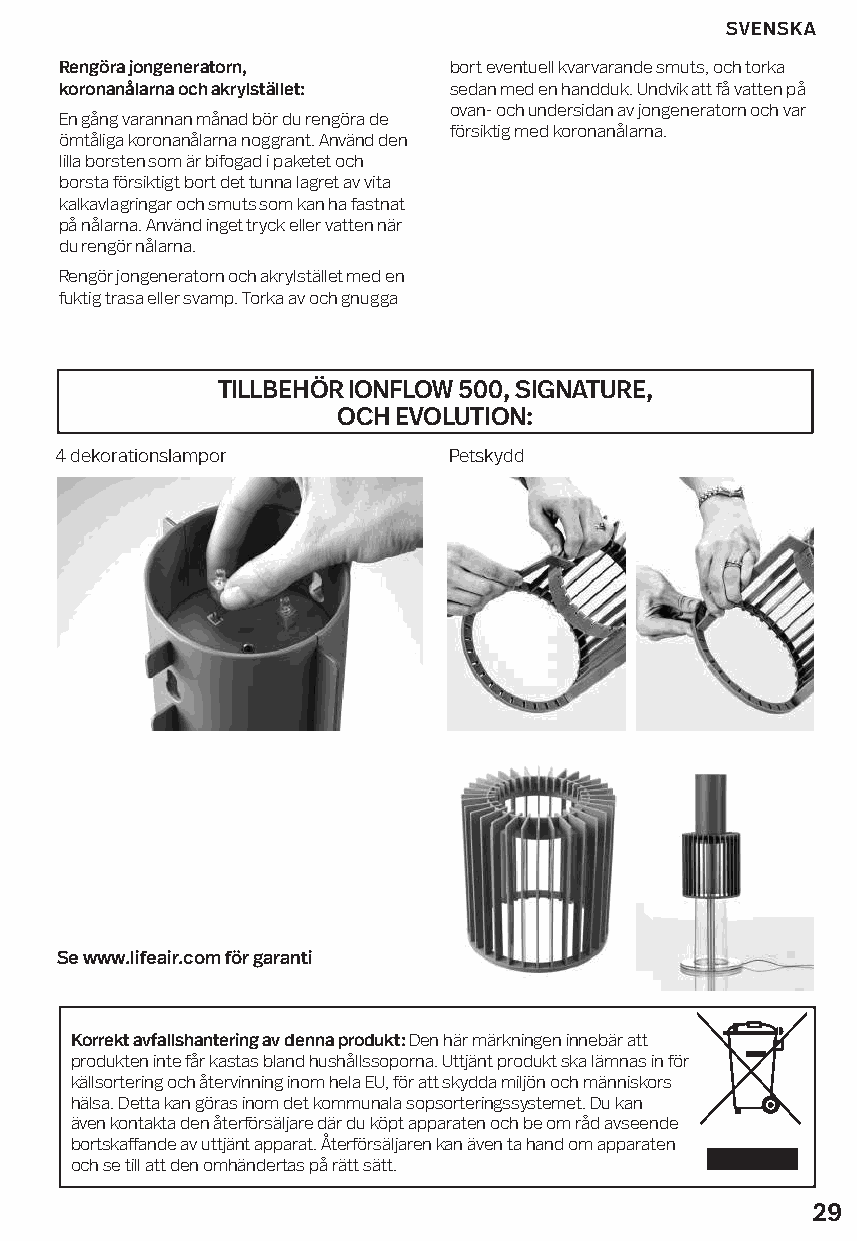
SVENSKA
 Rengöra jongeneratorn,    bort eventuell kvarvarande smuts, och torka
 koronanålarna och akrylstället: sedan med en handduk. Undvik att få vatten på
 ovan- och undersidan av jongeneratorn och var
 En gång varannan månad bör du rengöra de
 försiktig med koronanålarna.
 ömtåliga koronanålarna noggrant. Använd den
 lilla borsten som är bifogad i paketet och
 borsta försiktigt bort det tunna lagret av vita
 kalkavlagringar och smuts som kan ha fastnat
 på nålarna. Använd inget tryck eller vatten när
 du rengör nålarna.
 Rengör jongeneratorn och akrylstället med en
 fuktig trasa eller svamp. Torka av och gnugga
 TILLBEHÖR IONFLOW 500, SIGNATURE,
 OCH EVOLUTION:
 4 dekorationslampor       Petskydd
 Se www.lifeair.com för garanti
 Korrekt avfallshantering av denna produkt: Den här märkningen innebär att
 produkten inte får kastas bland hushållssoporna. Uttjänt produkt ska lämnas in för
 källsortering och återvinning inom hela EU, för att skydda miljön och människors
 hälsa. Detta kan göras inom det kommunala sopsorteringssystemet. Du kan
 även kontakta den återförsäljare där du köpt apparaten och be om råd avseende
 bortskaffande av uttjänt apparat. Återförsäljaren kan även ta hand om apparaten
 och se till att den omhändertas på rätt sätt.
 29